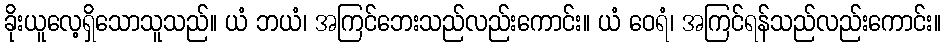
ခိုးယူလေ့ရှိသောသူသည်။ ယံ ဘယံ၊ အကြင်ဘေးသည်လည်းကောင်း။ ယံ ဝေရံ၊ အကြင်ရန်သည်လည်းကောင်း။